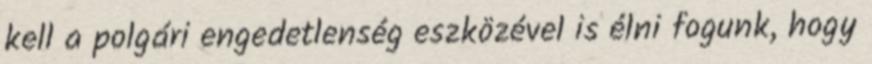
kell a polgári engedetlenség eszközével is élni fogunk, hogy